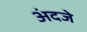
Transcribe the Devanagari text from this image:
अंदजे